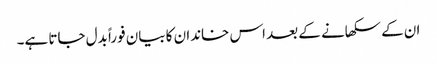
ان کے سکھانے کے بعد اس خاندان کا بیان فوراً بدل جاتا ہے۔